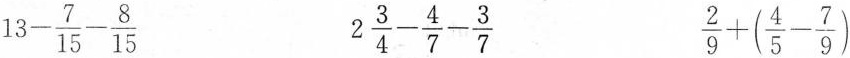
$$13- \frac{7}{15}- \frac{8}{15}$$ $$2 \frac{3}{4}- \frac{4}{7}- \frac{3}{7}$$ $$\frac{2}{9}+(\frac{4}{5}- \frac{7}{9})$$